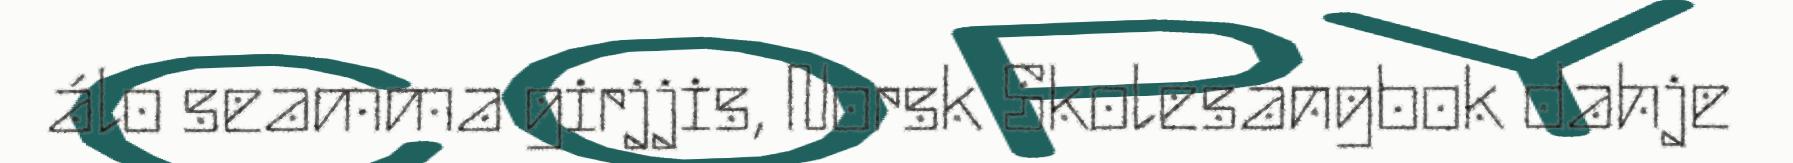
álo seamma girjjis, Norsk Skolesangbok dahje